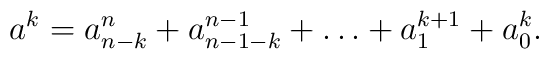
a^k = a^n_{n-k} + a^{n-1}_{n-1-k} + \dots + a^{k+1}_1 + a^k_0.